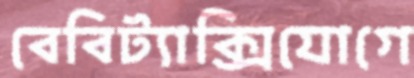
বেবিট্যাক্সিযোগে